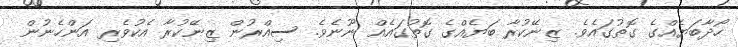
ހޯދާބަޔެއްގެ ގޮތުގައެވެ. ޒިނޭކުރާ ބަޔެއްގެ ގޮތުގައެއް ނޫނެވެ. ސިއްރުން ޒިނޭކުރާ އެކުވެރި އަންހެނުން